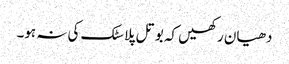
دھیان رکھیں کہ بوتل پلاسٹک کی نہ ہو۔